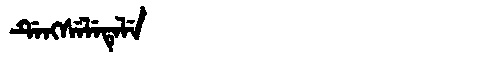
Manchu: ᡩᡝᠩᠰᡝᠯᡝᡨᡝᠯᡝ
Romanization: DENGSELETELE